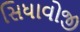
સિધાવોજી